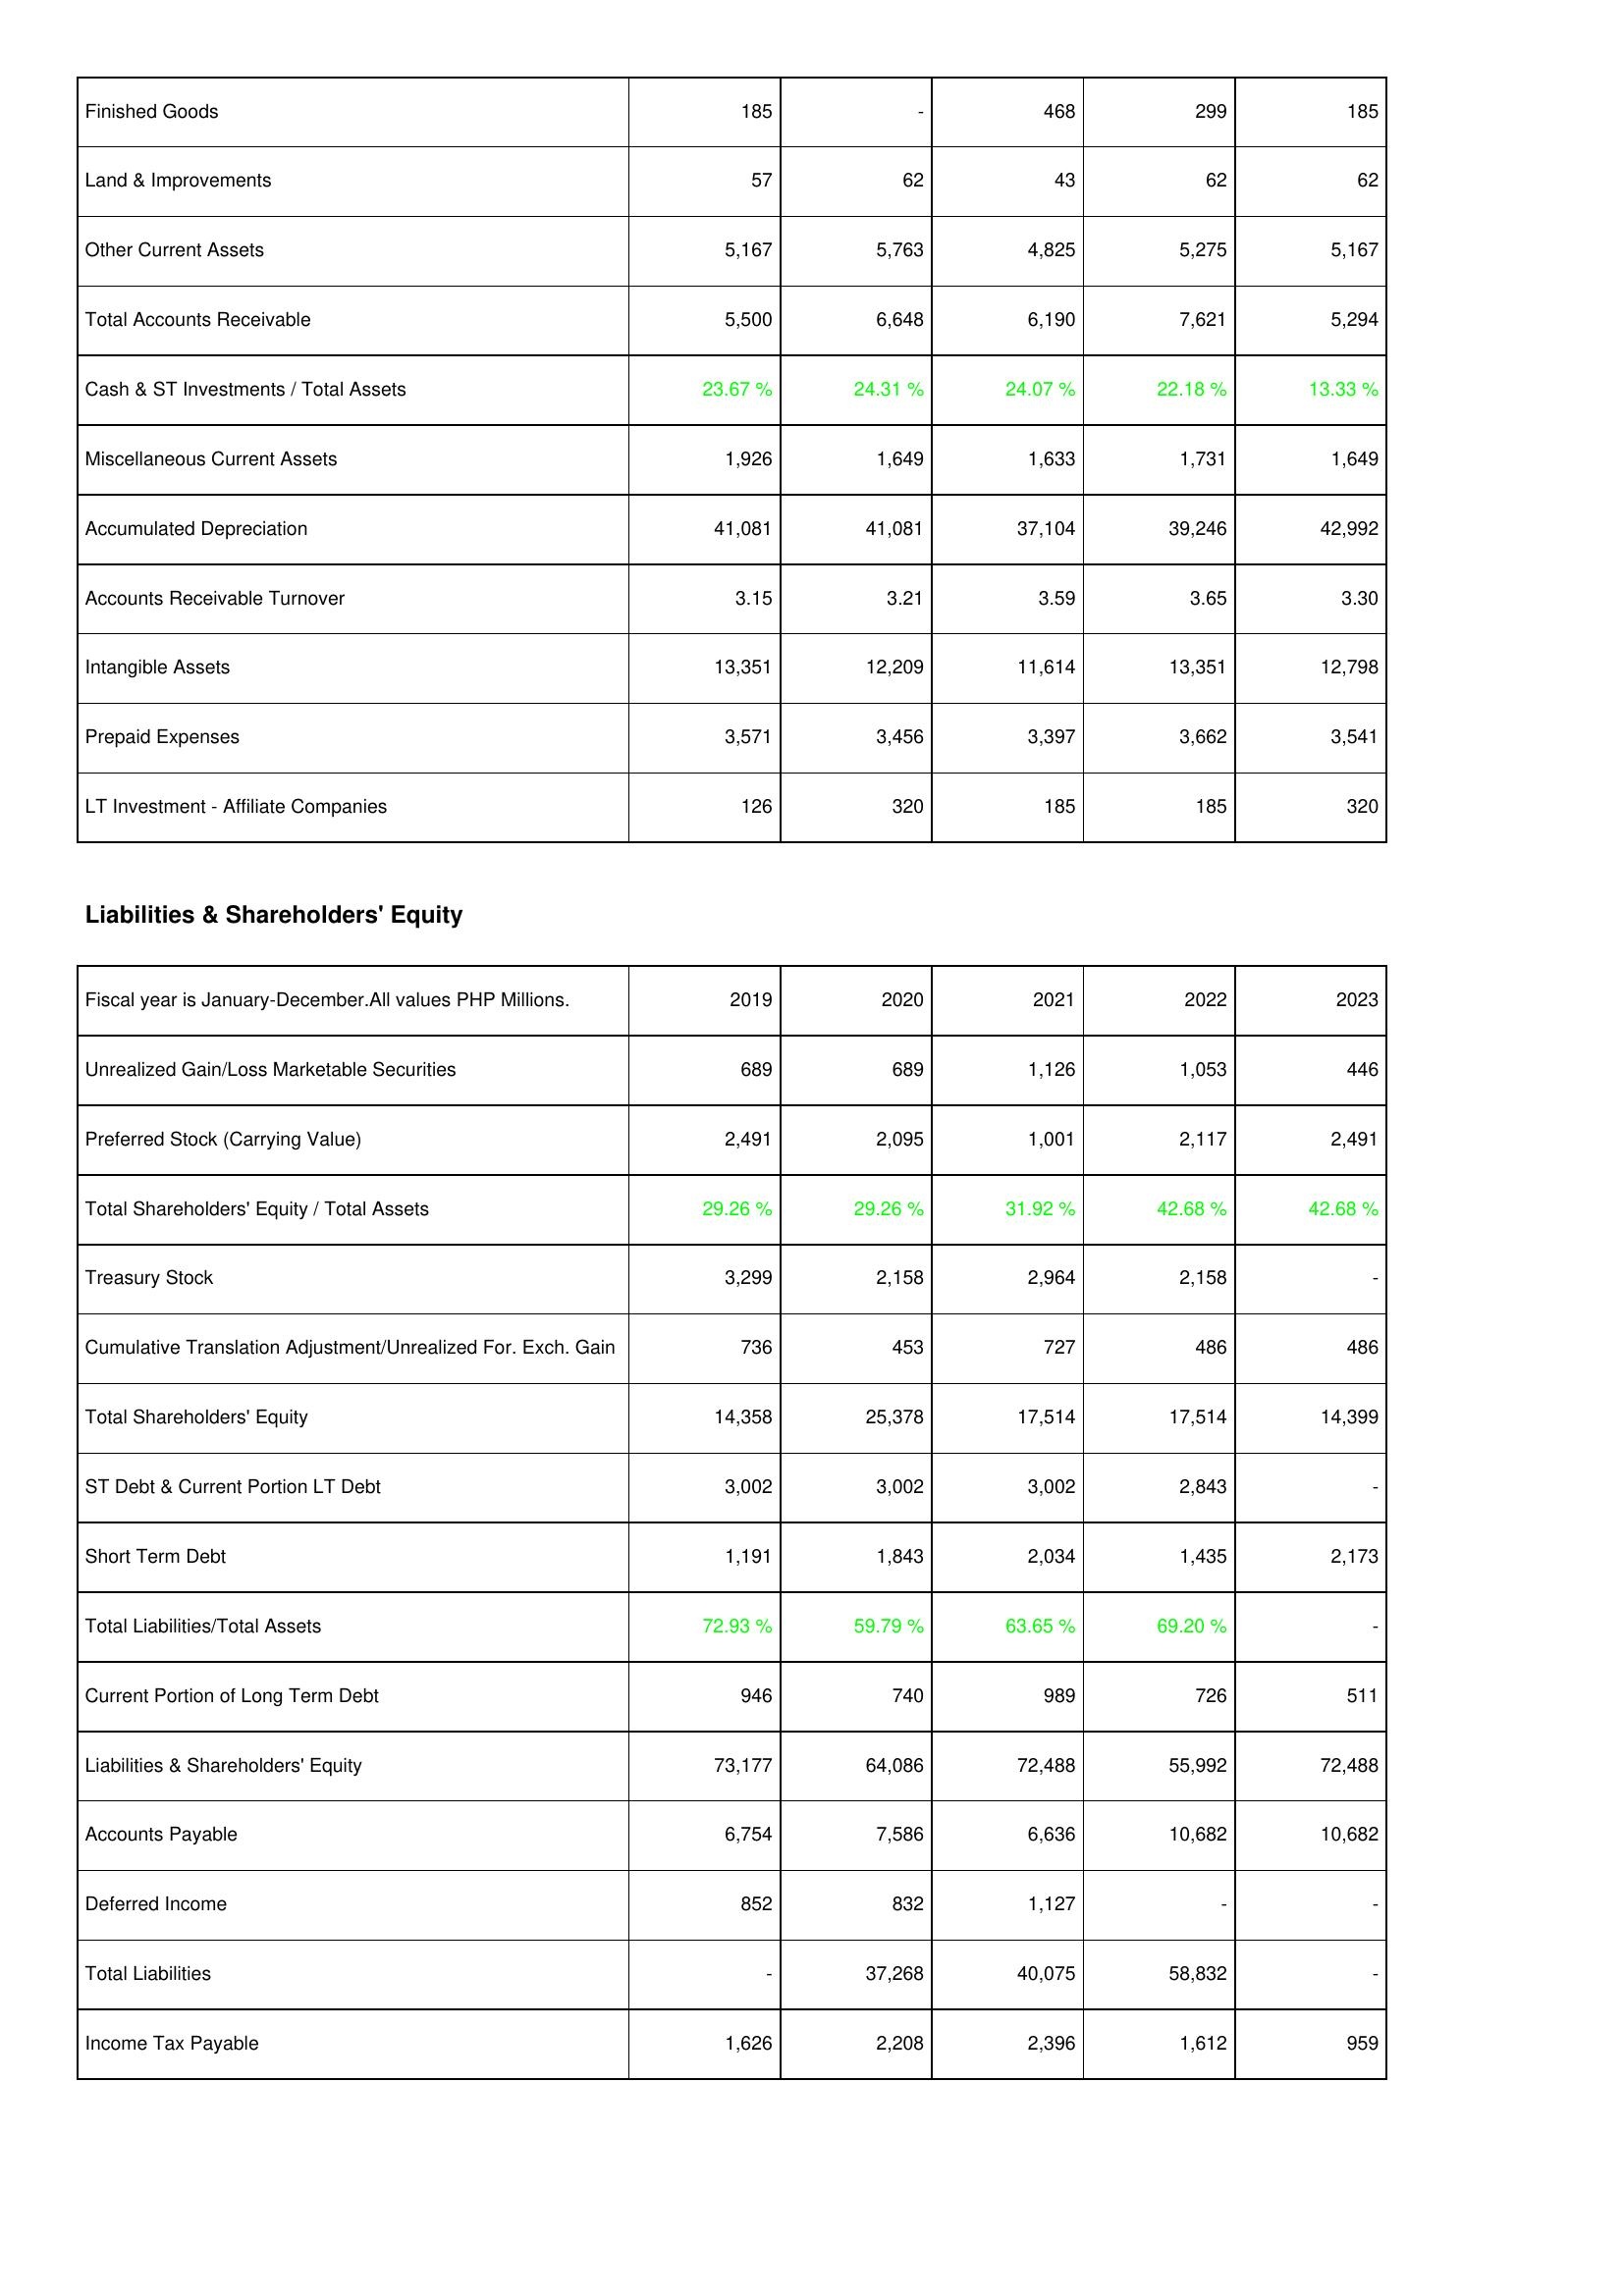
2019: Assets: Finished Goods: 185
Land & Improvements: 57
Other Current Assets: 5,167
Total Accounts Receivable: 5,500
Cash & ST Investments / Total Assets: 23.67 %
Miscellaneous Current Assets: 1,926
Accumulated Depreciation: 41,081
Accounts Receivable Turnover: 3.15
Intangible Assets: 13,351
Prepaid Expenses: 3,571
LT Investment - Affiliate Companies: 126
Liabilities & Shareholders' Equity: Unrealized Gain/Loss Marketable Securities: 689
Preferred Stock (Carrying Value): 2,491
Total Shareholders' Equity / Total Assets: 29.26 %
Treasury Stock: 3,299
Cumulative Translation Adjustment/Unrealized For. Exch. Gain: 736
Total Shareholders' Equity: 14,358
ST Debt & Current Portion LT Debt: 3,002
Short Term Debt: 1,191
Total Liabilities/Total Assets: 72.93 %
Current Portion of Long Term Debt: 946
Liabilities & Shareholders' Equity: 73,177
Accounts Payable: 6,754
Deferred Income: 852
Total Liabilities: -
Income Tax Payable: 1,626
2020: Assets: Finished Goods: -
Land & Improvements: 62
Other Current Assets: 5,763
Total Accounts Receivable: 6,648
Cash & ST Investments / Total Assets: 24.31 %
Miscellaneous Current Assets: 1,649
Accumulated Depreciation: 41,081
Accounts Receivable Turnover: 3.21
Intangible Assets: 12,209
Prepaid Expenses: 3,456
LT Investment - Affiliate Companies: 320
Liabilities & Shareholders' Equity: Unrealized Gain/Loss Marketable Securities: 689
Preferred Stock (Carrying Value): 2,095
Total Shareholders' Equity / Total Assets: 29.26 %
Treasury Stock: 2,158
Cumulative Translation Adjustment/Unrealized For. Exch. Gain: 453
Total Shareholders' Equity: 25,378
ST Debt & Current Portion LT Debt: 3,002
Short Term Debt: 1,843
Total Liabilities/Total Assets: 59.79 %
Current Portion of Long Term Debt: 740
Liabilities & Shareholders' Equity: 64,086
Accounts Payable: 7,586
Deferred Income: 832
Total Liabilities: 37,268
Income Tax Payable: 2,208
2021: Assets: Finished Goods: 468
Land & Improvements: 43
Other Current Assets: 4,825
Total Accounts Receivable: 6,190
Cash & ST Investments / Total Assets: 24.07 %
Miscellaneous Current Assets: 1,633
Accumulated Depreciation: 37,104
Accounts Receivable Turnover: 3.59
Intangible Assets: 11,614
Prepaid Expenses: 3,397
LT Investment - Affiliate Companies: 185
Liabilities & Shareholders' Equity: Unrealized Gain/Loss Marketable Securities: 1,126
Preferred Stock (Carrying Value): 1,001
Total Shareholders' Equity / Total Assets: 31.92 %
Treasury Stock: 2,964
Cumulative Translation Adjustment/Unrealized For. Exch. Gain: 727
Total Shareholders' Equity: 17,514
ST Debt & Current Portion LT Debt: 3,002
Short Term Debt: 2,034
Total Liabilities/Total Assets: 63.65 %
Current Portion of Long Term Debt: 989
Liabilities & Shareholders' Equity: 72,488
Accounts Payable: 6,636
Deferred Income: 1,127
Total Liabilities: 40,075
Income Tax Payable: 2,396
2022: Assets: Finished Goods: 299
Land & Improvements: 62
Other Current Assets: 5,275
Total Accounts Receivable: 7,621
Cash & ST Investments / Total Assets: 22.18 %
Miscellaneous Current Assets: 1,731
Accumulated Depreciation: 39,246
Accounts Receivable Turnover: 3.65
Intangible Assets: 13,351
Prepaid Expenses: 3,662
LT Investment - Affiliate Companies: 185
Liabilities & Shareholders' Equity: Unrealized Gain/Loss Marketable Securities: 1,053
Preferred Stock (Carrying Value): 2,117
Total Shareholders' Equity / Total Assets: 42.68 %
Treasury Stock: 2,158
Cumulative Translation Adjustment/Unrealized For. Exch. Gain: 486
Total Shareholders' Equity: 17,514
ST Debt & Current Portion LT Debt: 2,843
Short Term Debt: 1,435
Total Liabilities/Total Assets: 69.20 %
Current Portion of Long Term Debt: 726
Liabilities & Shareholders' Equity: 55,992
Accounts Payable: 10,682
Deferred Income: -
Total Liabilities: 58,832
Income Tax Payable: 1,612
2023: Assets: Finished Goods: 185
Land & Improvements: 62
Other Current Assets: 5,167
Total Accounts Receivable: 5,294
Cash & ST Investments / Total Assets: 13.33 %
Miscellaneous Current Assets: 1,649
Accumulated Depreciation: 42,992
Accounts Receivable Turnover: 3.30
Intangible Assets: 12,798
Prepaid Expenses: 3,541
LT Investment - Affiliate Companies: 320
Liabilities & Shareholders' Equity: Unrealized Gain/Loss Marketable Securities: 446
Preferred Stock (Carrying Value): 2,491
Total Shareholders' Equity / Total Assets: 42.68 %
Treasury Stock: -
Cumulative Translation Adjustment/Unrealized For. Exch. Gain: 486
Total Shareholders' Equity: 14,399
ST Debt & Current Portion LT Debt: -
Short Term Debt: 2,173
Total Liabilities/Total Assets: -
Current Portion of Long Term Debt: 511
Liabilities & Shareholders' Equity: 72,488
Accounts Payable: 10,682
Deferred Income: -
Total Liabilities: -
Income Tax Payable: 959